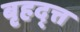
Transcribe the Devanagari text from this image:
बृहद्त्त